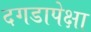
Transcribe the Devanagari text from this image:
दगडापेक्षा